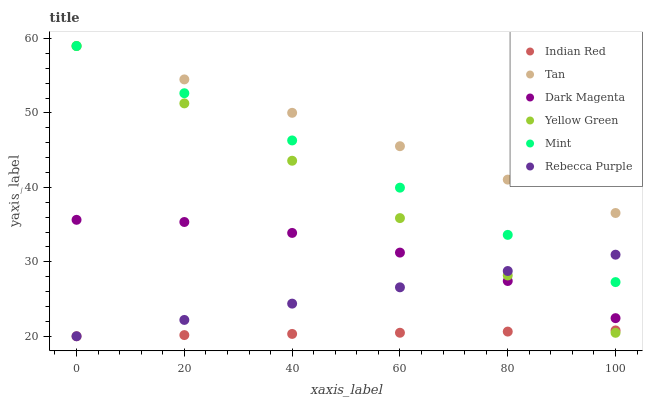
| xaxis_label | Indian Red | Tan | Dark Magenta | Yellow Green | Mint | Rebecca Purple |
 | --- | --- | --- | --- | --- | --- | --- |
 | 0 | 20 | 59 | 35.6 | 59 | 59 | 20 |
 | 20 | 20.2 | 54.5 | 35.4 | 51.3 | 52.7 | 22.2 |
 | 40 | 20.3 | 50 | 33.9 | 43.6 | 46.3 | 24.4 |
 | 60 | 20.5 | 45.5 | 31.2 | 35.9 | 40 | 26.6 |
 | 80 | 20.6 | 41 | 27.4 | 28.2 | 33.6 | 28.8 |
 | 100 | 20.8 | 36.6 | 22.4 | 20.5 | 27.3 | 31 |